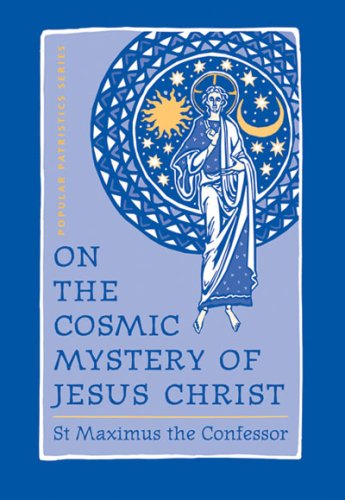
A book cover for On the Cosmic Mystery of Jesus Christ; St. Maximus the Confessor; Christian Books & Bibles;